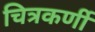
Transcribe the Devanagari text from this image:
चित्रकर्णी